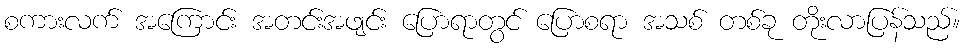
စကားလက် အကြောင်း အတင်းအဖျင်း ပြောရာတွင် ပြောစရာ အသစ် တစ်ခု တိုးလာပြန်သည်။